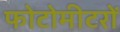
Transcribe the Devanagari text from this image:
फोटोमीटरों